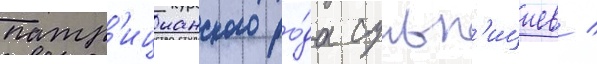
патр'ицианского ро́да сульп'ициев /